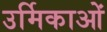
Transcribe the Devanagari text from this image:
उर्मिकाओं